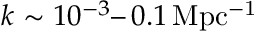
k \sim 1 0 ^ { - 3 } – \, 0 . 1 \, \mathrm { M p c ^ { - 1 } }